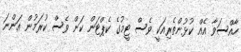
ހާއްސަވާ އެއް ކުޅުންތެރިއަކީ ވެސް ޓީމުގެ ކެޕްޓަން ކަން ވެސް ކުރަމުން އަންނަ